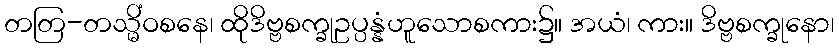
တတြ-တသ္မိံဝစနေ၊ ထိုဒိဗ္ဗစက္ခုဥပ္ပန္နံဟူသောစကား၌။ အယံ၊ ကား။ ဒိဗ္ဗစက္ခုနော၊